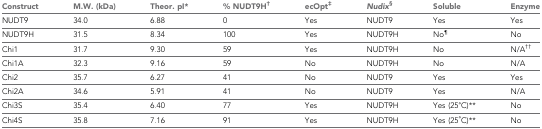
| Construct | M.W. (kDa) | Theor. pI* | % NUDT9H† | ecOpt‡ | Nudix§ | Soluble | Enzyme |
 | --- | --- | --- | --- | --- | --- | --- | --- |
 | NUDT9 | 34.0 | 6.88 | 0 | Yes | NUDT9 | Yes | Yes |
 | NUDT9H | 31.5 | 8.34 | 100 | Yes | NUDT9H | No¶ | No |
 | Chi1 | 31.7 | 9.30 | 59 | Yes | NUDT9H | No | N/A†† |
 | Chi1A | 32.3 | 9.16 | 59 | No | NUDT9H | No | N/A |
 | Chi2 | 35.7 | 6.27 | 41 | No | NUDT9 | Yes | Yes |
 | Chi2A | 34.6 | 5.91 | 41 | No | NUDT9 | Yes | N/A |
 | Chi3S | 35.4 | 6.40 | 77 | Yes | NUDT9H | Yes (25°C)** | No |
 | Chi4S | 35.8 | 7.16 | 91 | Yes | NUDT9H | Yes (25°C)** | No |